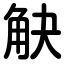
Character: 觖